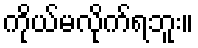
ကိုယ်မလိုက်ရဘူး။